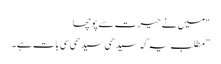
“ میں نے حیرت سے پوچھا
”مطلب یہ کہ سیدھی سیدھی سی بات ہے۔